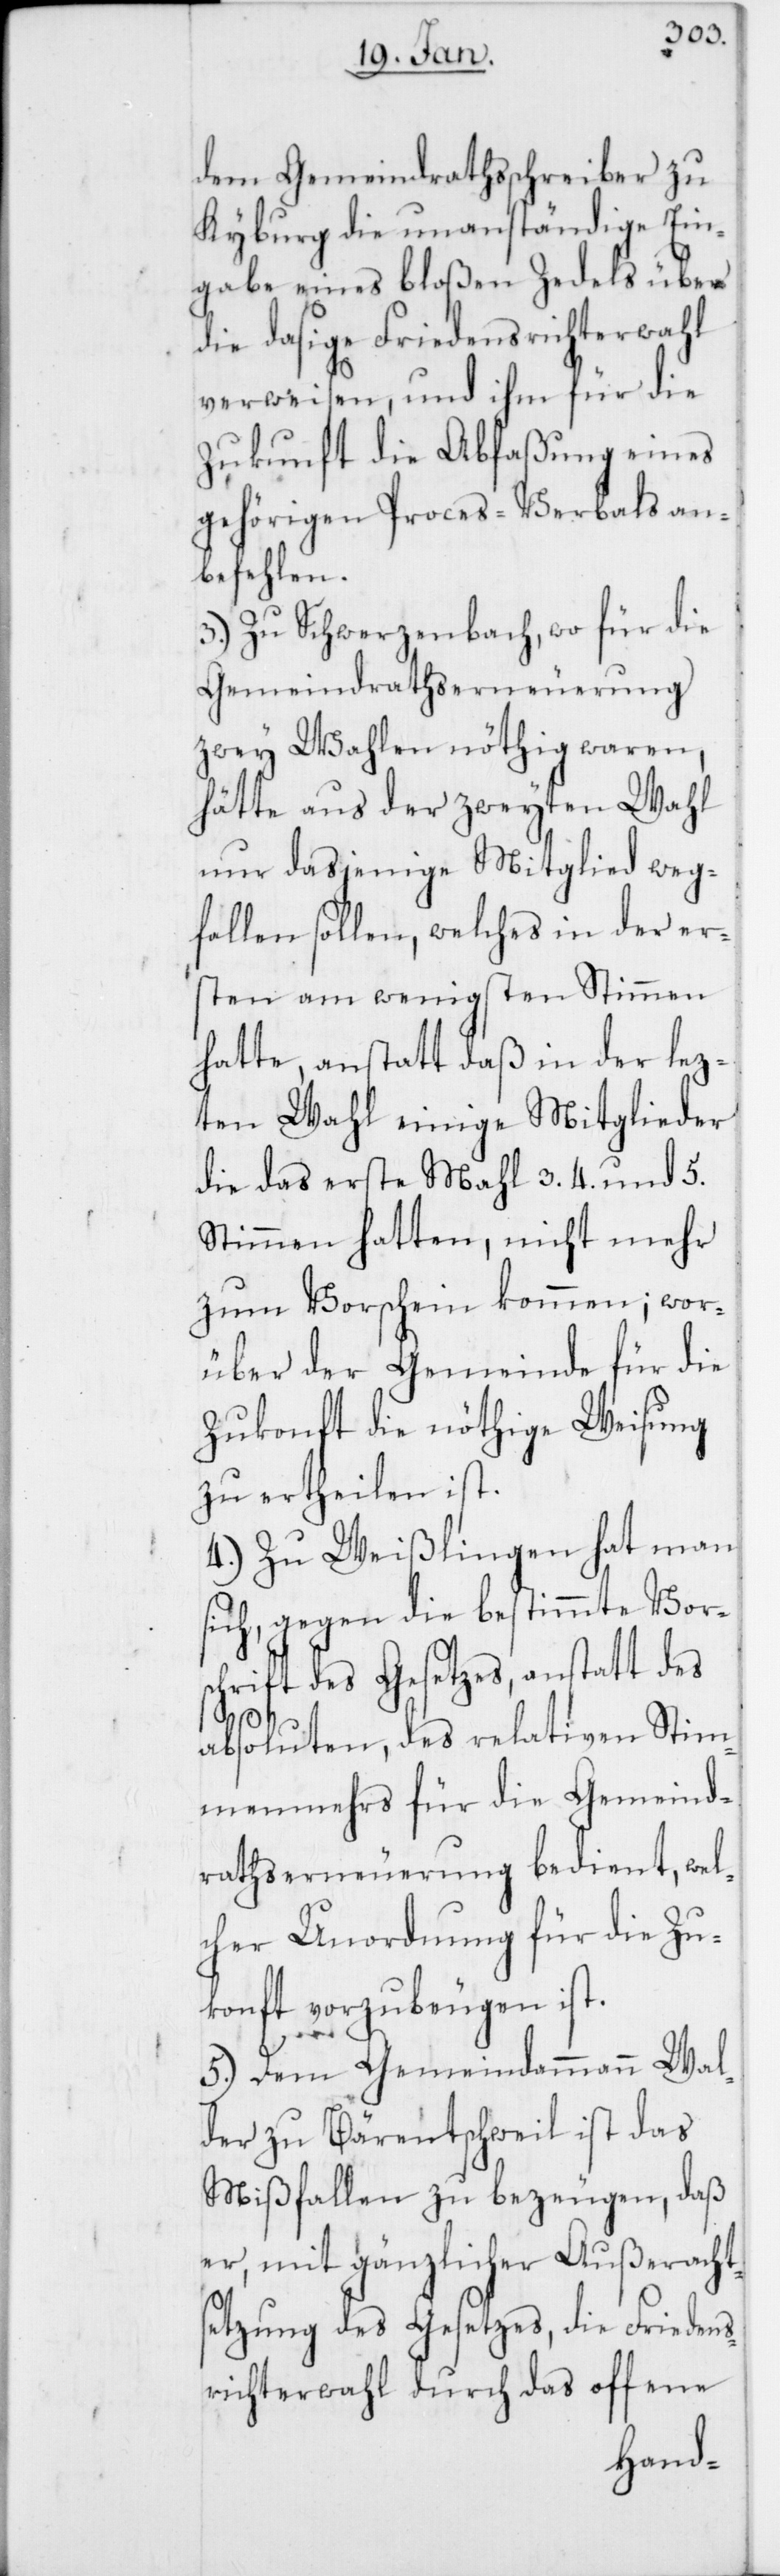
dem Gemeindrathsschreiber zu
Kyburg die unanständige Ein¬
gabe eines bloßen Zedels über
die dasige Friedensrichterwahl
verweisen, und ihm für die
Zukunft die Abfaßung eines
gehörigen Proces-Verbals an¬
befehlen.
3.) Zu Schwerzenbach, wo die
Gemeindrathserneuerung
zwey Wahlen nöthig waren,
hätte aus der zweyten Wahl
nur dasjenige Mitglied weg¬
fallen sollen, welches in der er¬
sten am wenigsten Stimmen
hatte, anstatt daß in der lez¬
ten Wahl einige Mitglieder
die das erste Mahl 3. 4. und 5.
Stimmen hatten, nicht mehr
zum Vorschein kommen; wor¬
über der Gemeinde für die
Zukonft die nöthige Weisung
zu ertheilen ist.
4.) Zu Weißlingen hat man
sich, gegen die bestimmte Vors¬
chrift des Gesetzes, anstatt des
absoluten, des relativen Stim¬
menmehrs für die Gemeind¬
rathserneuerung bedient, wel¬
cher Unordnung für die Zu¬
konft vorzubeugen ist.
5.) Dem Gemeindammann Wal¬
der zu Bärentschweil ist das
Mißfallen zu bezeugen, daß
er, mit gänzlicher Außerachts¬
etzung des Gesetzes, die Friedens¬
richterwahl durch das offene